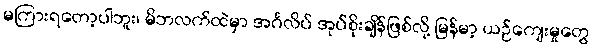
မကြားရတော့ပါဘူး၊ မိဘလက်ထဲမှာ အင်္ဂလိပ် အုပ်စိုးချိန်ဖြစ်လို့ မြန်မာ့ ယဉ်ကျေးမှုတွေ